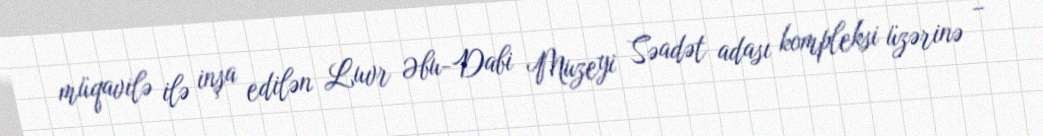
müqavilə ilə inşa edilən Luvr Əbu-Dabi Muzeyi Səadət adası kompleksi üzərinə –